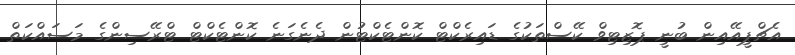
އެޗްޕީއޭއިން ބުނީ ޕޮޒިޓިވް ކޭސްތަކުގެ ޑައިރެކްޓް ކޮންޓެކްޓުން ދެނެގަނެ ކޮންޓެކްޓް ޓްރޭސިންގެ މަސައްކަތް